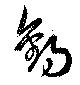
釣